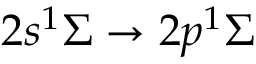
2 s ^ { 1 } \ensuremath { \Sigma } \ensuremath { \rightarrow } 2 p ^ { 1 } \ensuremath { \Sigma }